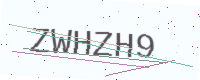
Text: ZWHZH9